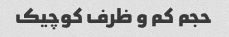
حجم کم و ظرف کوچیک